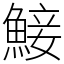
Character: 鯜